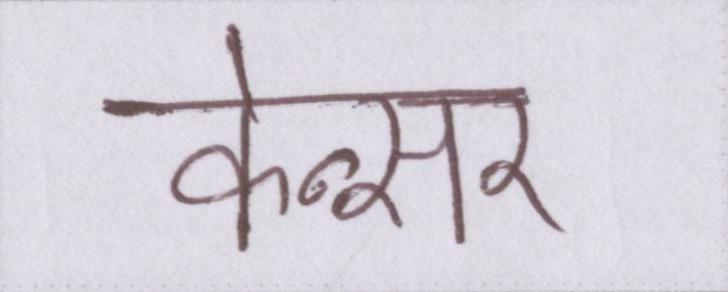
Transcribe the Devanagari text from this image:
केन्सर